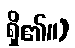
ရှိ၏။)